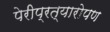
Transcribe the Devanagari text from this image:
पेरीप्रत्यारोपण